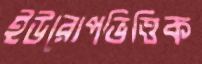
ইউরোপভিত্তিক